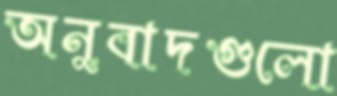
অনুবাদগুলো